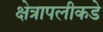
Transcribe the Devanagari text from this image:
क्षेत्रापलीकडे